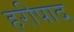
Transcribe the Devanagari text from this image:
हरीपाद